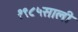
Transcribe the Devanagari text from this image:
१९८५साली